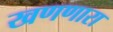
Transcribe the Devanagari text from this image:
खणणारा